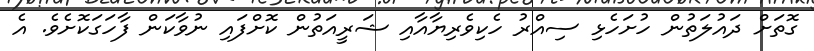
ގޮތަށް ދައުލަތުން ހުށަހެޅި ސިއްރު ހެކިވެރިޔާއާއި ޝަރީއަތުން ކޮށްފައި ނުވާކަން ފާހަގަކޮށެވެ. އެ